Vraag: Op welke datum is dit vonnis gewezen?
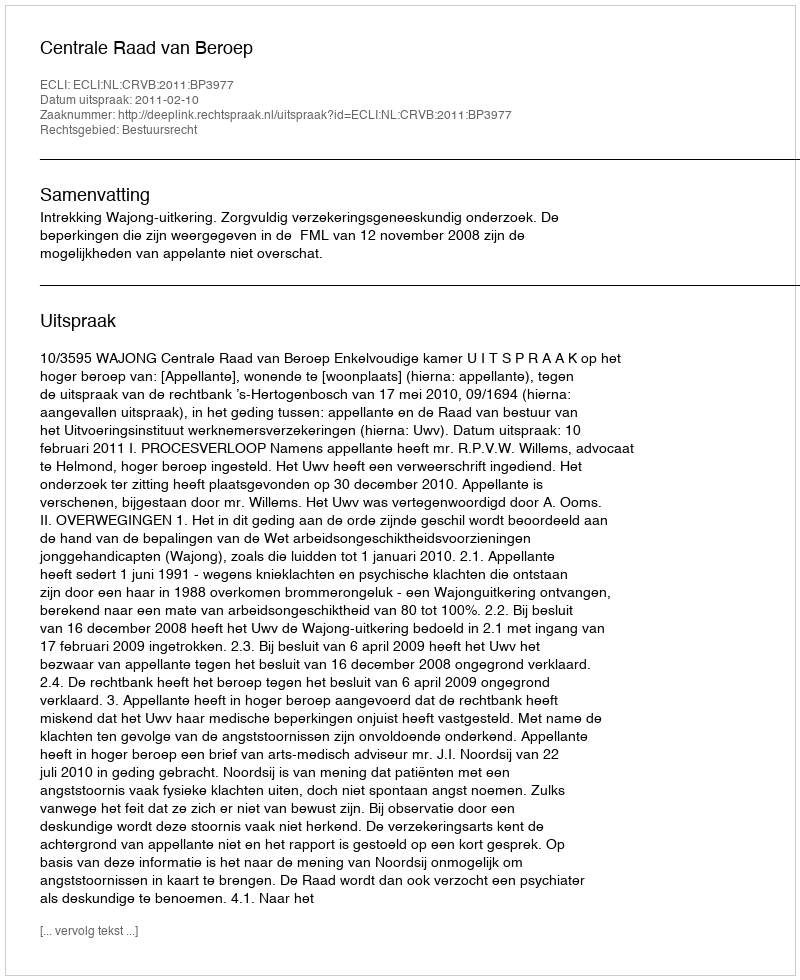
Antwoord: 2011-02-10